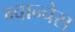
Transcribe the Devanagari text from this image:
ग्वान्चेस